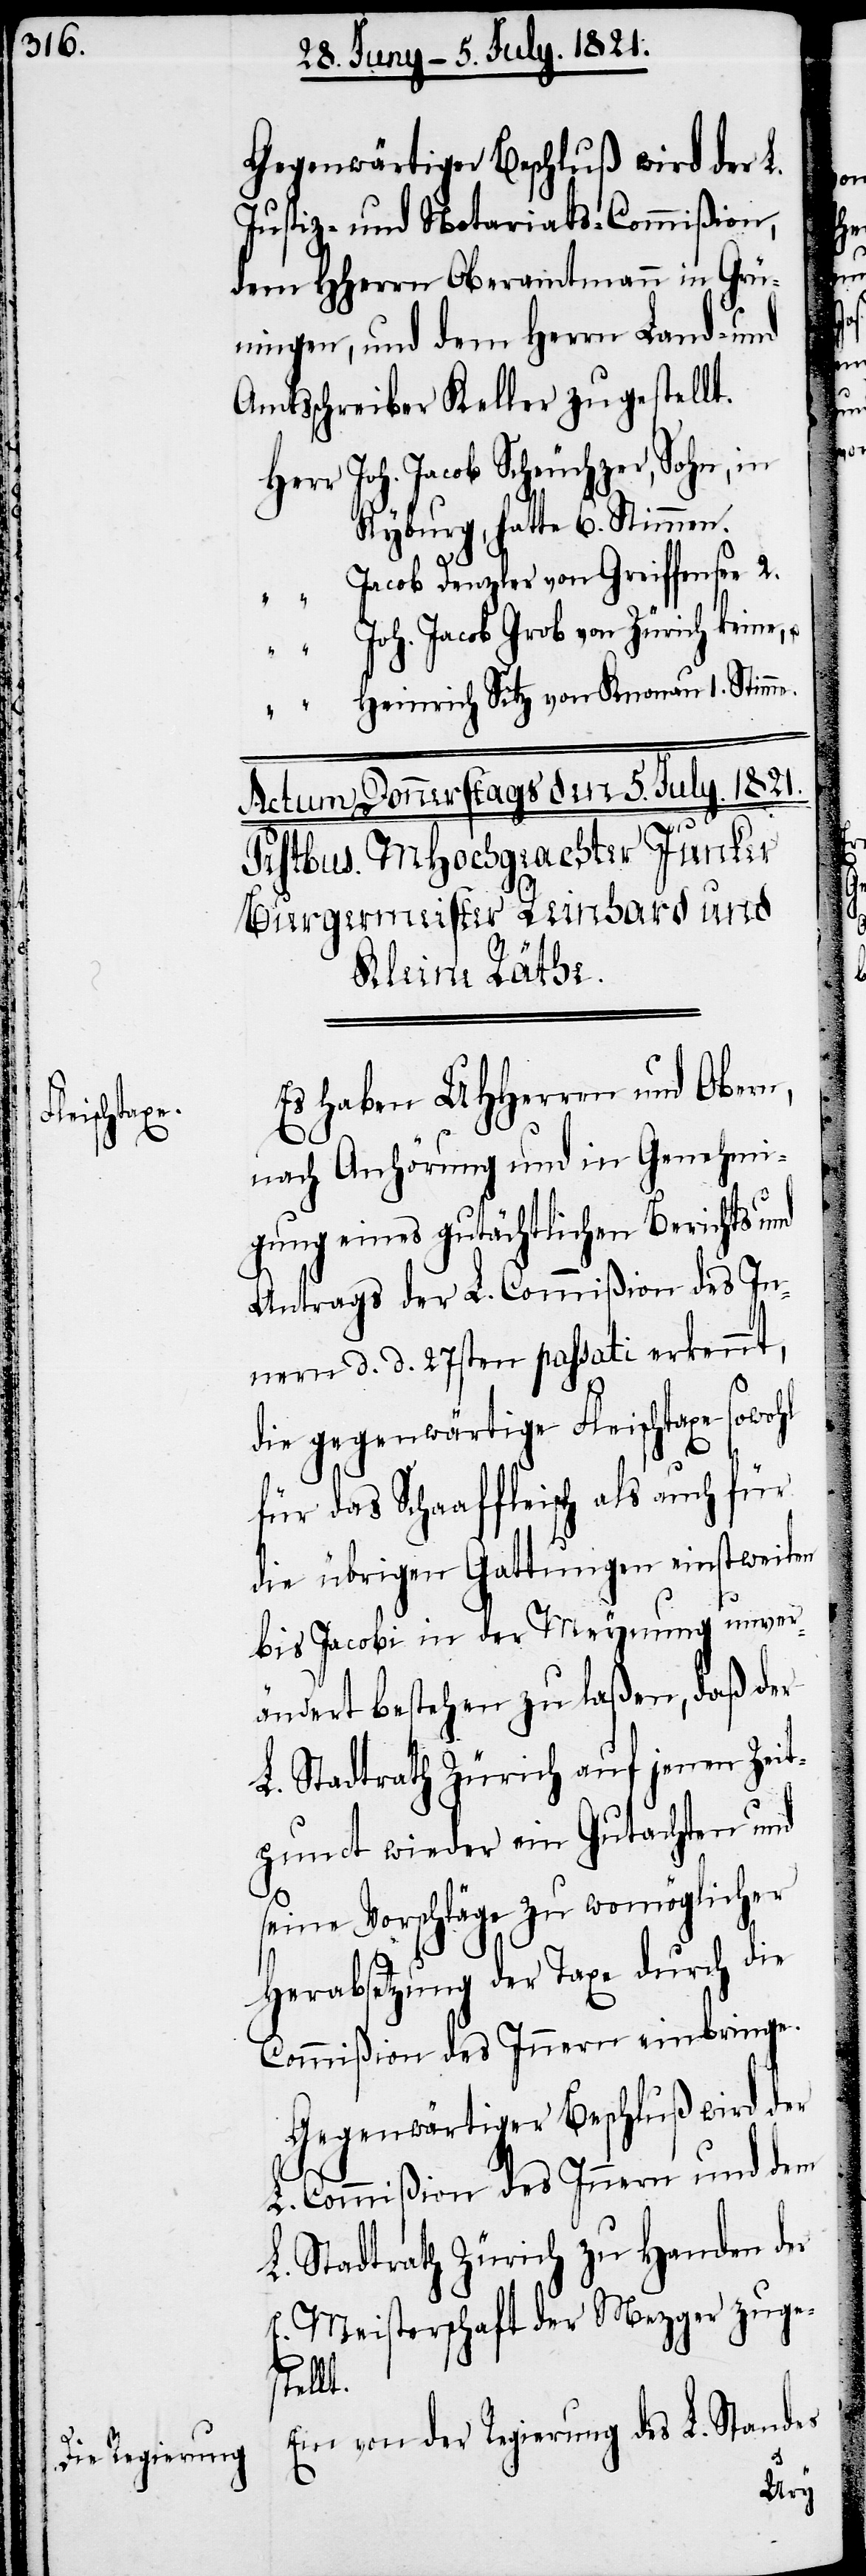
Gegenwärtiger Beschluß wir der L.
Justiz- und Notariats-Commißion,
dem HHerrn Oberamtmann in Grü¬
ningen, und dem Herrn Land- und
Amtsschreiber Keller zugestellt.
HHerr	Joh. Jacob Scheuchzer, Sohn, in
Kyburg, hatte 6. Stimmen.
“	Jacob Denzler von Greiffensee 2.
“	Joh. Jacob Grob von Zürich keine,
“	Heinrich Sitz von Knonau 1. Stimme.
Es haben UHHerren und Obern,
nach Anhörung und in Genehmi¬
gung eines gutächtlichen Berichts und
Antrags der L. Commißion des In¬
nern d. d. 27sten passati erkennt,
sowohl
die gegenwärtige Fleischtaxe
für das Schaaffleisch als auch für
die übrigen Gattungen einstweilen
bis Jacobi in der Meynung unver¬
ändert bestehen zu laßen, daß der
L. Stadtrath Zürich auf jenen Zeit¬
punct wieder ein Gutachten und
seine Vorschläge zu womöglicher
Herabsetzung der Taxe durch die
Gegenwärtiger Beschluß wird der
L. Commißion des Innern und dem
L. Stadtrath Zürich zu Handen der
E. Meisterschaft der Mezger zuges¬
tellt.
Ein von der Regierung des L. Standes